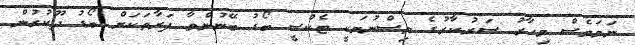
ނަމަވެސް މިހާރު ސަރުކާރުގެ ވިސްނުމަކީ ޓެކްސީ ބޯޑު ބޭނުންވާ ފަރާތަކަށް ބޯޑު ދޫކުރުން